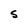
Character: S